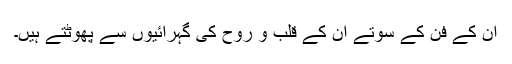
ان کے فن کے سوتے ان کے قلب و روح کی گہرائیوں سے پھوٹتے ہیں۔